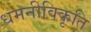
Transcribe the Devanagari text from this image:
धमनीविकृति